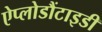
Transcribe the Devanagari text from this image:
ऐप्लोडौंटाइडी